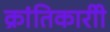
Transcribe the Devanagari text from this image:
क्रांतिकारीी